NAE_ERA_R-1018_Narva_Linna_TSN_Taitevkomitee, lk 8
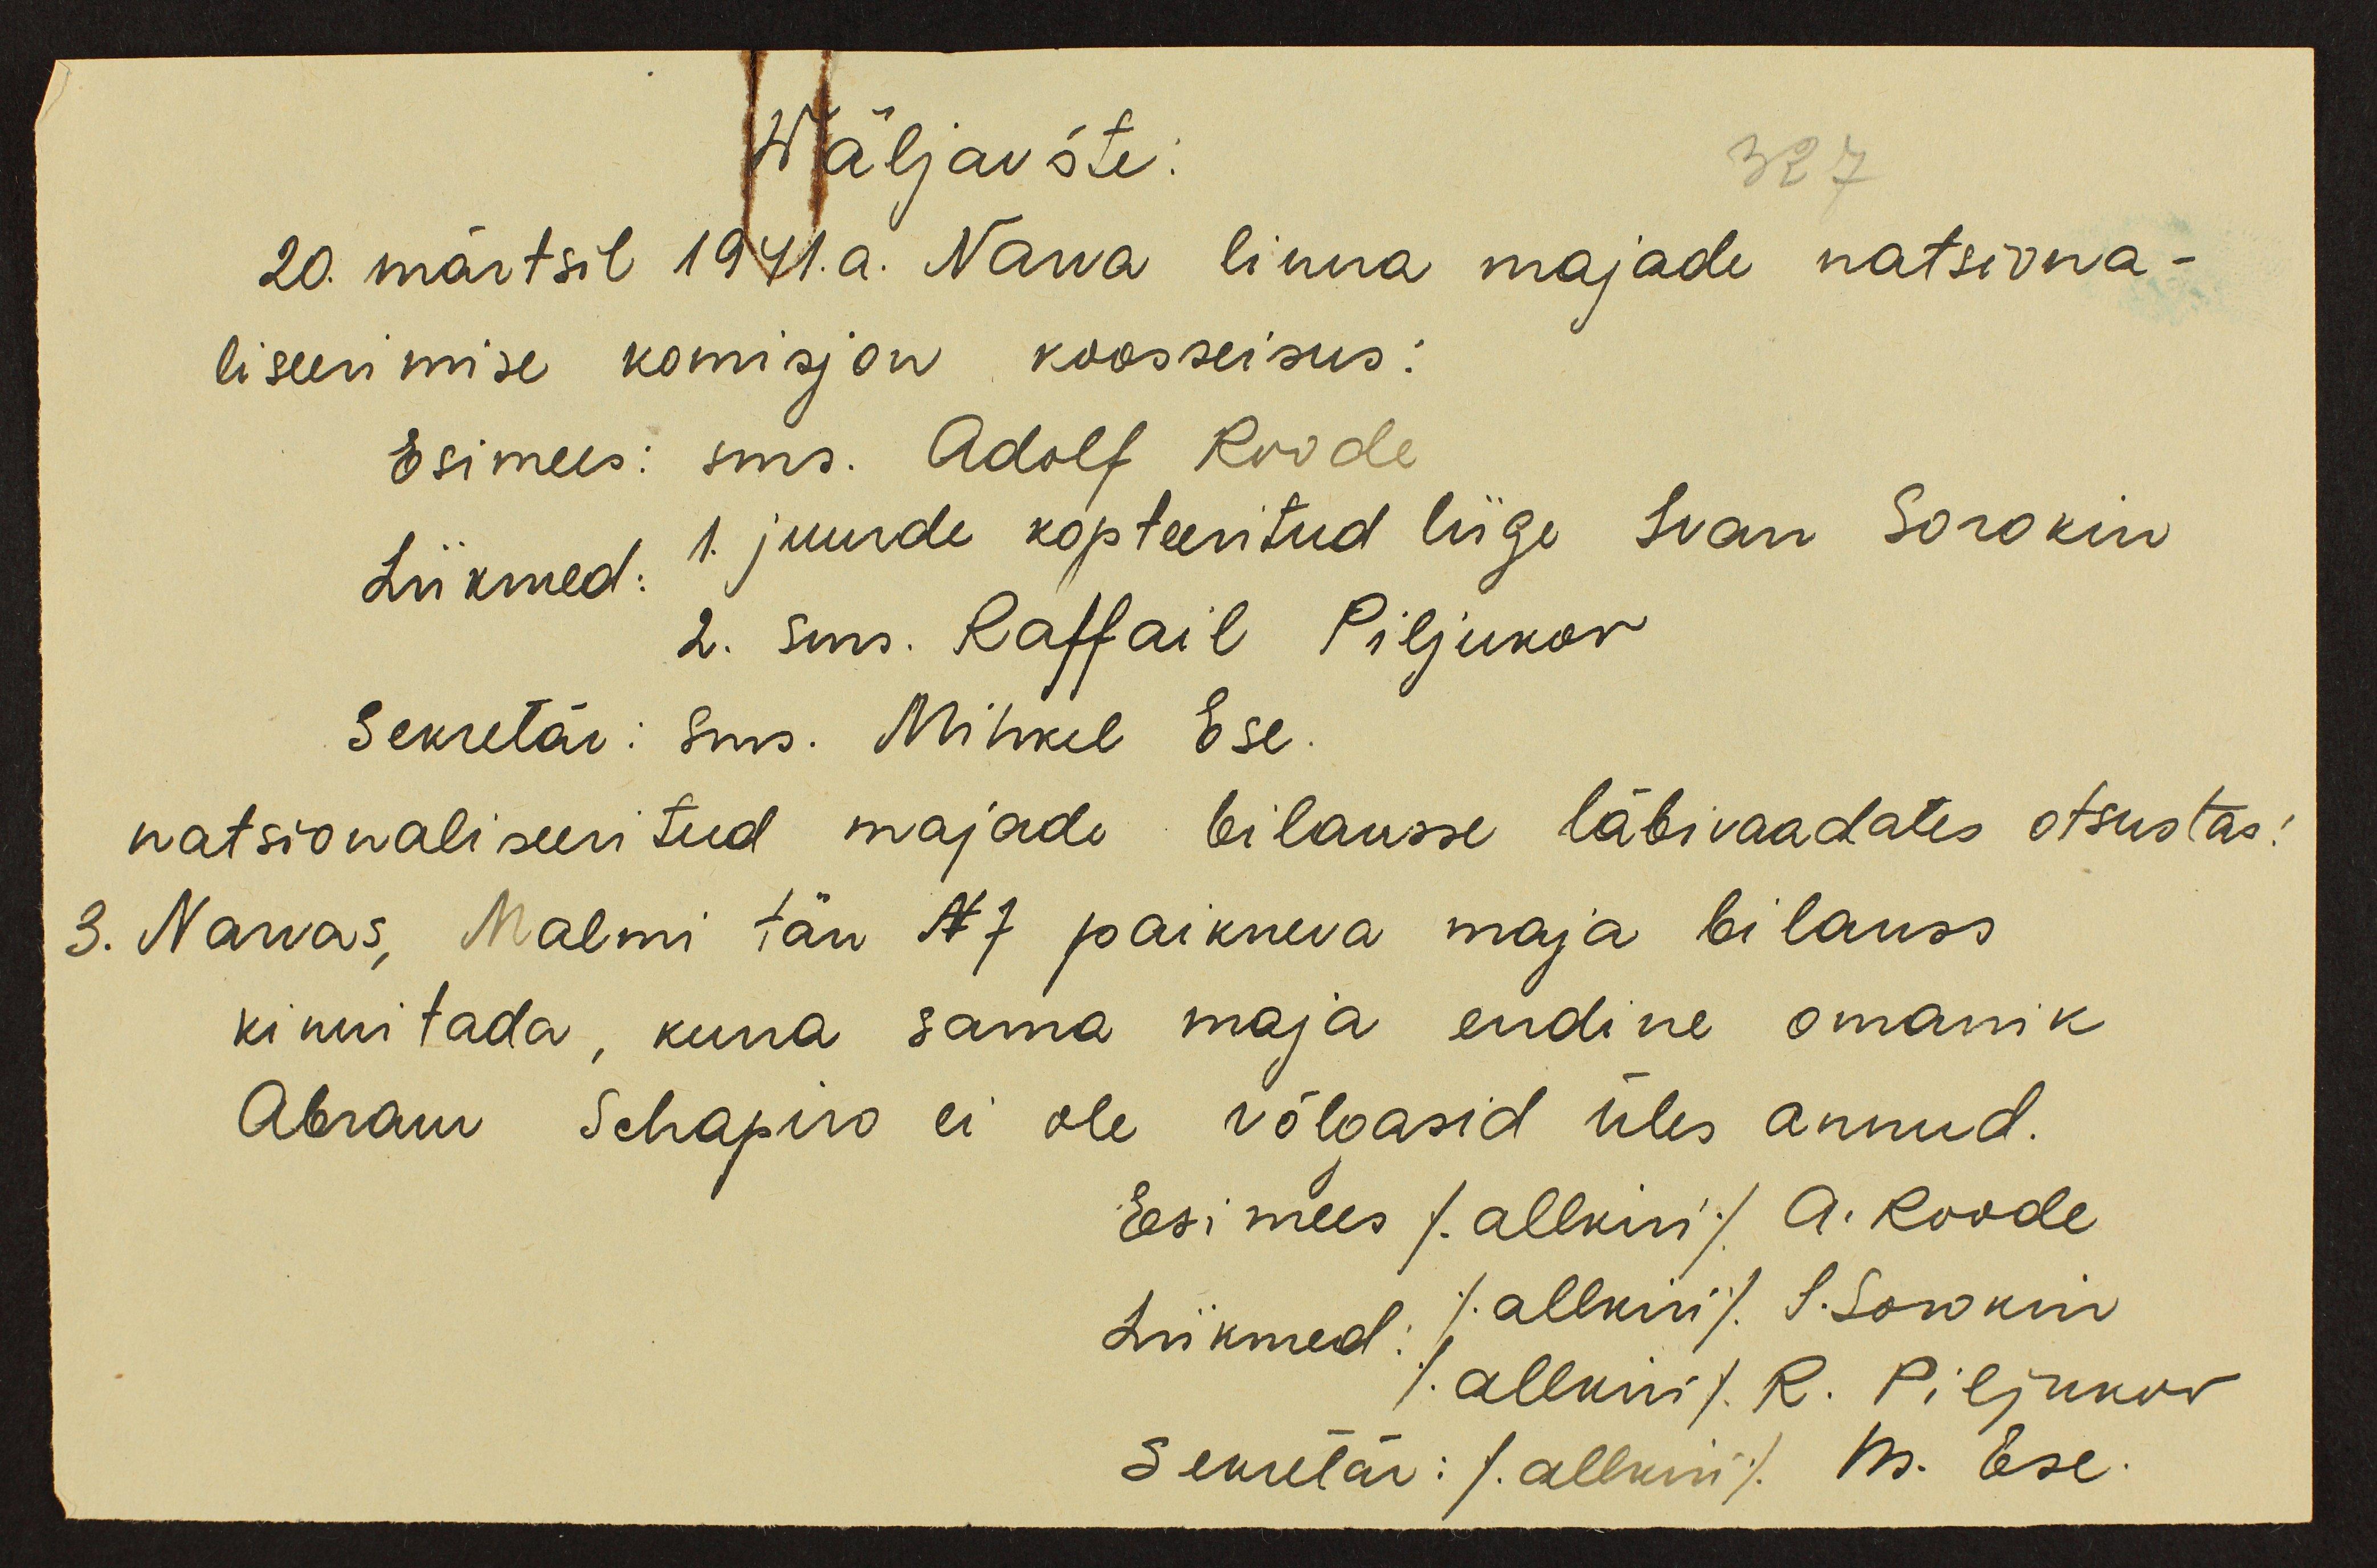
Wäljavõte:
327
20. märtsil 1941.a. Narva linna majade natsiona-
liseerimise komisjon koosseisus:
Esimees: sms. Adolf Roode
Liikmed: 1. juurde kopteeritud liige Ivan Sorokin
2. sms. Raffail Piljukov
Sekretär: sms. Mihkel Ese.
natsionaliseeritud majade bilansse läbivaadates otsustas:
3. Narvas, Malmi tän N7 paikneva maja bilanss
kinnitada, kuna sama maja endine omanik
Abram Schapiro ei ole võlgasid üles annud.
Esimees /allkiri/ A. Roode
Liikmed: /allkiri/ I. Sorokin
/allkiri/ R. Piljukov
Sekretär: /allkiri/ M. Ese.